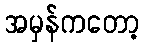
အမှန်ကတော့